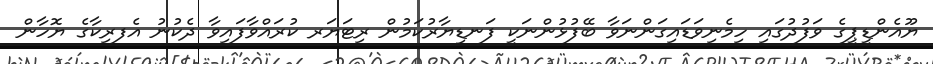
ޔޫއެންޑީޕީގެ ވަފުދުގައި ހިމެނިވަޑައިގަންނަވާ ބޭފުޅުންނަކީ ފަނޑިޔާރުކަމުން ރިޓަޔަރ ކުރައްވާފައިވާ ދެކުނު އެފރިކާގެ ޔޮހާން